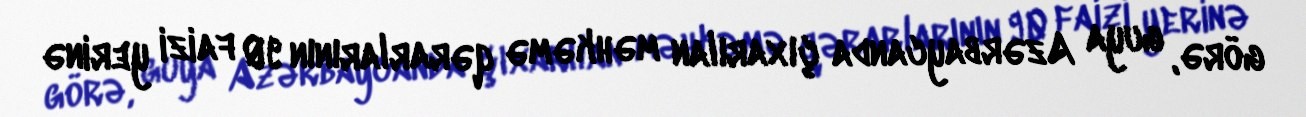
görə, guya Azərbaycanda çıxarılan məhkəmə qərarlarının 90 faizi yerinə